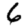
Digit: 6